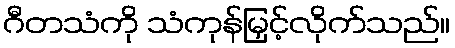
ဂီတသံကို သံကုန်မြှင့်လိုက်သည်။